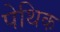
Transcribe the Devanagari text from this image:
पेथिक